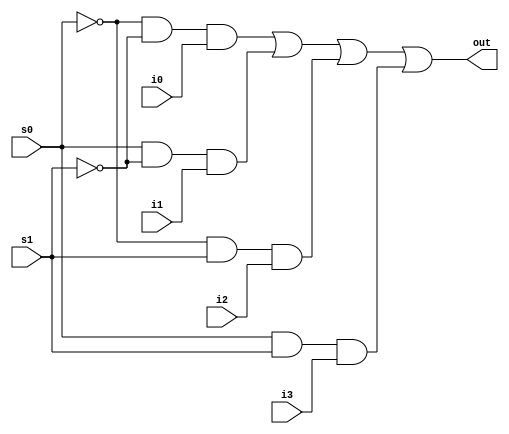
`timescale 1ns / 1ps
//////////////////////////////////////////////////////////////////////////////////
// Company: 
// Engineer: 
// 
// Design Name: 
// Module Name:    ex_3 
// Project Name: 
// Target Devices: 
// Tool versions: 
// Description: 
//
// Dependencies: 
//
// Revision: 
// Revision 0.01 - File Created
// Additional Comments: 
//
//////////////////////////////////////////////////////////////////////////////////
module ex_3(
    input i0,
    input i1,
    input i2,
    input i3,
    input s0,
    input s1,
    output out
    );


	wire out1, out2, out3, out4;
	wire s0_neg, s1_neg;
	
	not(s0_neg, s0);
	not(s1_neg, s1);
	
	and(out1, s0_neg, s1_neg, i0);
	and(out2, s0, s1_neg, i1);
	and(out3, s0_neg, s1, i2);
	and(out4, s0, s1, i3);
	
	or(out, out1, out2, out3, out4);
	

endmodule